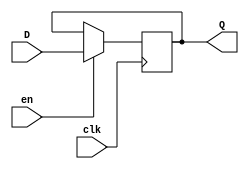
module EFF32 
    (   input wire en,
        input wire clk,
        input wire [32:0] D,
        output reg [32:0] Q);
    
	always @ (posedge clk) 
        begin
            if(en)
                Q <= D;
	    end
endmodule